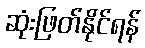
ဆုံးဖြတ်နိုင်ရန်